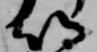
以